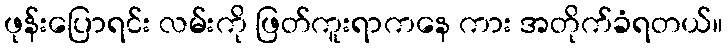
ဖုန်းပြောရင်း လမ်းကို ဖြတ်ကူးရာကနေ ကား အတိုက်ခံရတယ်။